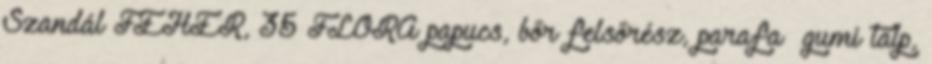
Szandál FEHÉR, 35 FLORA papucs, bőr felsőrész, parafa gumi talp,